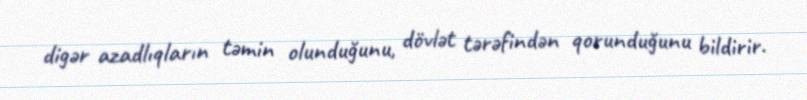
digər azadlıqların təmin olunduğunu, dövlət tərəfindən qorunduğunu bildirir.